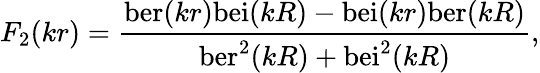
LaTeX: F_{2}(kr)={\frac{\mathrm{ber}(kr)\mathrm{bei}(kR)-\mathrm{bei}(kr)\mathrm{ber}(kR)}{\mathrm{ber}^{2}(kR)+\mathrm{bei}^{2}(kR)}},